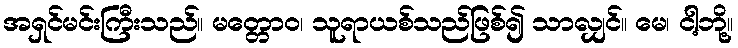
အရှင်မင်းကြီးသည်။ မတ္တောဝ၊ သူရာယစ်သည်ဖြစ်၍ သာလျှင်။ မေ၊ ငါ့ဘို့။